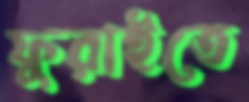
ফুরাইতে